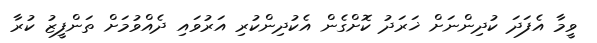
ވީމާ އެފަދަ ކުދިންނަށް ޚަރަދު ކޮށްގެން އެކުދިންކުރި އަރުވައި ދެއްވުމަށް ތަންފީޒު ކުރާ